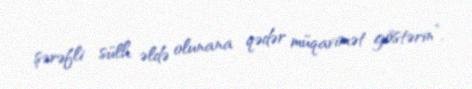
şərəfli sülh əldə olunana qədər müqavimət göstərin”.